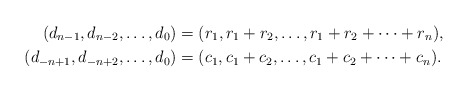
\begin{align*} (d_{n-1},d_{n-2},\ldots,d_0) &= (r_1, r_1 + r_2, \ldots, r_1+r_2 +\cdots + r_n), \\ (d_{-n+1},d_{-n+2},\ldots,d_0) &= (c_1, c_1 + c_2, \ldots, c_1+c_2 +\cdots + c_n). \end{align*}